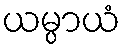
ယမ္ပာယံ